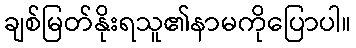
ချစ်မြတ်နိုးရသူ၏နာမကိုပြောပါ။